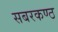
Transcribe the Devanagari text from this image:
सबरकण्ठ